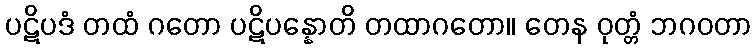
ပဋိပဒံ တထံ ဂတော ပဋိပန္နောတိ တထာဂတော။ တေန ဝုတ္တံ ဘဂဝတာ